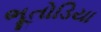
ભૂતોડિયા